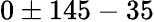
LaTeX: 0\pm 145-35